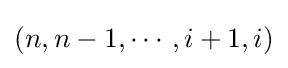
(n,n-1,\cdots ,i+1,i)